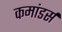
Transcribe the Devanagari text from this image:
कमांडर्स